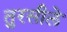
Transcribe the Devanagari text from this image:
तुरसीले